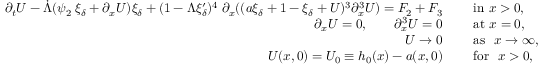
\begin{array} { r l } { \partial _ { t } U - \dot { \Lambda } ( \psi _ { 2 } \; \xi _ { \delta } + \partial _ { x } U ) \xi _ { \delta } + ( 1 - \Lambda \xi _ { \delta } ^ { \prime } ) ^ { 4 } \; \partial _ { x } ( ( a \xi _ { \delta } + 1 - \xi _ { \delta } + U ) ^ { 3 } \partial _ { x } ^ { 3 } U ) = F _ { 2 } + F _ { 3 } \quad } & { \mathrm { ~ i n ~ } x > 0 , } \\ { \partial _ { x } U = 0 , \qquad \partial _ { x } ^ { 3 } U = 0 \quad } & { \mathrm { ~ a t ~ } x = 0 , } \\ { U \to 0 \quad } & { \mathrm { ~ a s ~ } \ x \to \infty , } \\ { U ( x , 0 ) = U _ { 0 } \equiv h _ { 0 } ( x ) - a ( x , 0 ) \quad } & { \mathrm { ~ f o r ~ } \ x > 0 , } \end{array}